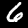
Digit: 6